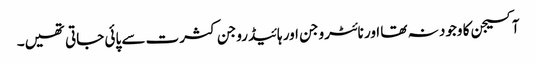
آکسیجن کا وجود نہ تھا اور نائٹروجن اور ہائیڈروجن کثرت سے پائی جاتی تھیں۔